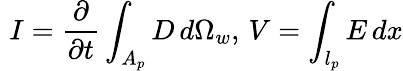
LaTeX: \, \, I=\frac{\partial}{\partial t}\int_{A_{p}}D\, d\Omega_{w},\, V=\int_{l_{p}}E\, dx